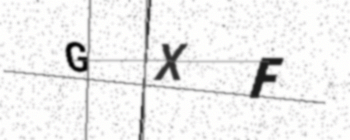
Text: GXF